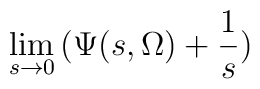
\lim_{s \rightarrow 0} \,( \Psi (s, \Omega) + \frac{1}{s})